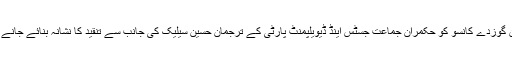
ذرائع ابلاغ کے مطابق ٹی وی میزبان گوزدے کانسو کو حکمران جماعت جسٹس اینڈ ڈیویلپمنٹ پارٹی کے ترجمان حسین سیلیک کی جانب سے تنقید کا نشانہ بنائے جانے کے بعد نوکری سے نکال دیا گیا تھا۔